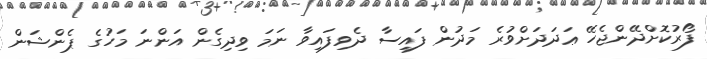
ފޯރުކޮށްދޭންޖެހޭ ޢަދަދަށްވުރެ މަދުން ފައިސާ ދެވިފައިވާ ނަމަ ވިދިގެން އަންނަ މަހުގެ ޕެންޝަން